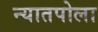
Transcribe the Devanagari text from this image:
न्यातपोला